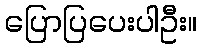
ပြောပြပေးပါဦး။